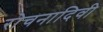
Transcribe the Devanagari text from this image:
रोचनादिवी